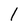
Character: 1